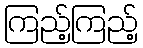
ကြည့်ကြည့်